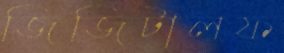
জিজিটালফ